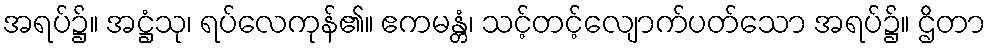
အရပ်၌။ အဋ္ဌံသု၊ ရပ်လေကုန်၏။ ဧကမန္တံ၊ သင့်တင့်လျောက်ပတ်သော အရပ်၌။ ဌိတာ